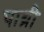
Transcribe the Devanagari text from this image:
पाथ्री